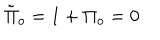
LaTeX: \tilde { \Pi } _ { o } = 1 + \Pi _ { o } = 0